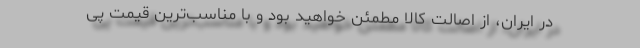
در ایران، از اصالت کالا مطمئن خواهید بود و با مناسب‌­ترین قیمت پی